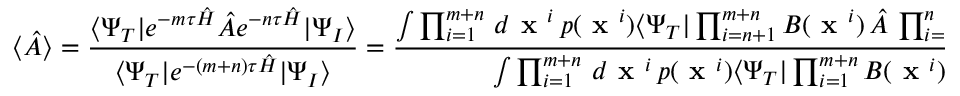
\langle \hat { A } \rangle = \frac { \langle \Psi _ { T } | e ^ { - m \tau \hat { H } } \hat { A } e ^ { - n \tau \hat { H } } | \Psi _ { I } \rangle } { \langle \Psi _ { T } | e ^ { - ( m + n ) \tau \hat { H } } | \Psi _ { I } \rangle } = \frac { \int \prod _ { i = 1 } ^ { m + n } \, d \textbf { x } ^ { i } \, p ( \textbf { x } ^ { i } ) \langle \Psi _ { T } | \prod _ { i = n + 1 } ^ { m + n } B ( \textbf { x } ^ { i } ) \, \hat { A } \, \prod _ { i = 1 } ^ { n } B ( \textbf { x } ^ { i } ) | \Psi _ { I } \rangle } { \int \prod _ { i = 1 } ^ { m + n } \, d \textbf { x } ^ { i } \, p ( \textbf { x } ^ { i } ) \langle \Psi _ { T } | \prod _ { i = 1 } ^ { m + n } B ( \textbf { x } ^ { i } ) | \Psi _ { I } \rangle } \, ,